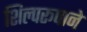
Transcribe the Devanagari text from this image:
शिल्परूपाने